Annual report of the Civil Veterinary Department, Bengal, for the year 1897-98 - 1897-1898
Year: 1897
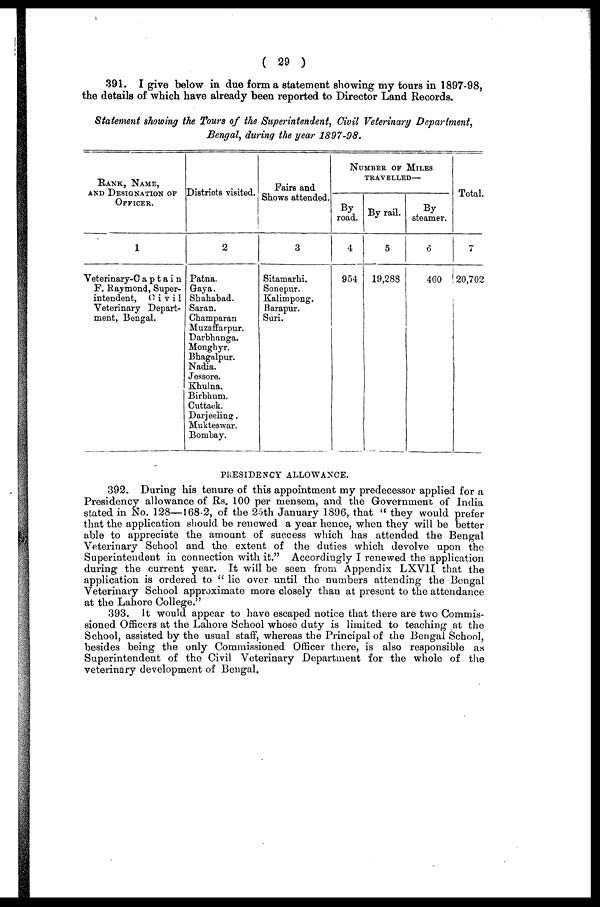
( 29 )
391. I give below in due form a statement showing my tours in 1897-98,
the details of which have already been reported to Director Land Records.
Statement showing the Tours of the Superintendent, Civil Veterinary Department,
Bengal, during the year 1897-98.
RANK, NAME,
AND DESIGNATION OF
OFFICER.
1
Veterinary-Captain
F. Raymond, Super-
intendent,
Civil
Veterinary Depart-
ment, Bengal.
Districts visited.
2
Patna.
Gaya.
Shahabad.
Saran.
Champaran
Muzaffarpur.
Darbhanga.
Monghyr.
Bhagalpur.
Nadia.
Jessore.
Khulna.
Birbhum.
Cuttack.
Darjeeling.
Mukteswar.
Bombay.
Fairs and
Shows attended.
3
Sitamarhi.
Sonepur.
Kalimpong.
Barapur.
Suri.
NUMBER OF MILES
TRAVELLED—
By
road.
4
954
By rail.
5
19,283
By
steamer.
6
460
Total.
7
20,702
PRESIDENCY ALLOWANCE.
392. During his tenure of this appointment my predecessor applied for a
Presidency allowance of Rs. 100 per mensem, and the Government of India
stated in No. 128—168-2, of the 23th January 1896, that "they would prefer
that the application should be renewed a year hence, when they will be better
able to appreciate the amount of success which has attended the Bengal
Veterinary School and the extent of the duties which devolve upon the
Superintendent in connection with it." Accordingly I renewed the application
during the current year. It will be seen from Appendix LXVII that the
application is ordered to "lie over until the numbers attending the Bengal
Veterinary School approximate more closely than at present to the attendance
at the Lahore College."
393. It would appear to have escaped notice that there are two Commis-
sioned Officers at the Lahore School whose duty is limited to teaching at the
School, assisted by the usual staff, whereas the Principal of the Bengal School,
besides being the only Commissioned Officer there, is also responsible as
Superintendent of the Civil Veterinary Department for the whole of the
veterinary development of Bengal.